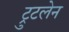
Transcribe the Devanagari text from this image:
ट्रुटलेन